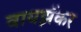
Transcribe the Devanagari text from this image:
वायझॅकर